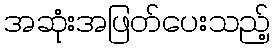
အဆုံးအဖြတ်ပေးသည့်